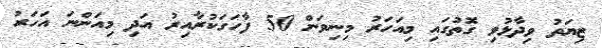
ޒިޔަތު ވިދާޅުވި ގޮތުގައި މިއަހަރު މިނިވަން 50 ފާހަގަކުރާއިރު އަދި މިއަންނަ އަހަރު